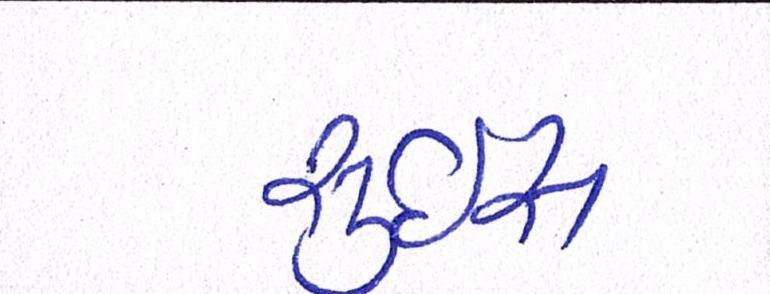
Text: સુઇસ